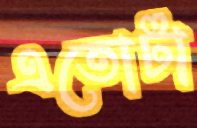
এতোটা